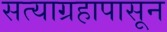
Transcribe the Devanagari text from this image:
सत्याग्रहापासून